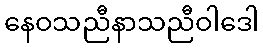
နေဝသညီနာသညီဝါဒေါ